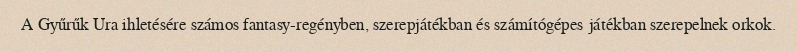
A Gyűrűk Ura ihletésére számos fantasy-regényben, szerepjátékban és számítógépes játékban szerepelnek orkok.